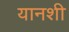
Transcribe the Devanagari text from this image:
यानशी